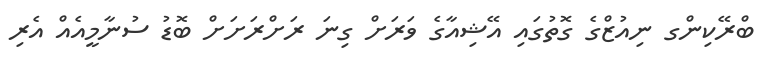
ބްރޭކިންގ ނިއުޒްގެ ގޮތުގައި އޭޝިއާގެ ވަރަށް ގިނަ ރަށްރަށަށް ބޮޑު ސުނާމީއެއް އެރި